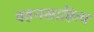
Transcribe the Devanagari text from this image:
वहनसाहित्य